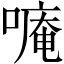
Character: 𫫡